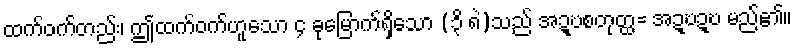
ထက်ဝက်တည်း၊ ဤထက်ဝက်ဟူသော ၄ ခုမြောက်ရှိသော (၃ိ ၈ဲ)သည် အဍ္ဎစတုတ္ထ= အဍ္ဎဍ္ဎ မည်၏။